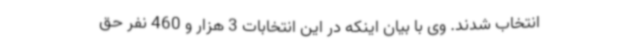
انتخاب شدند. وی با بیان اینکه در این انتخابات 3 هزار و 460 نفر حق